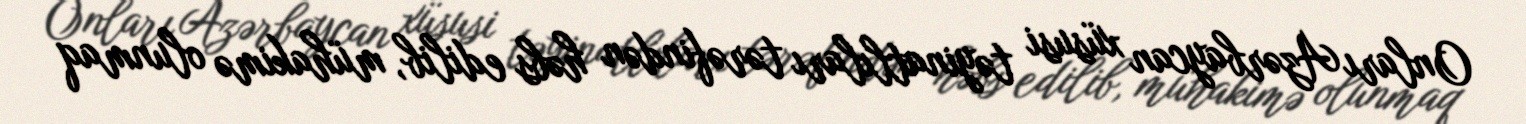
Onları Azərbaycan xüsusi təyinatlıları tərəfindən həbs edilib, mühakimə olunmaq